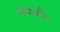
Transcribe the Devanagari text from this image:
कश्मीरः